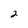
Character: 2